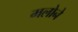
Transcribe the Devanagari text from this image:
मलोने